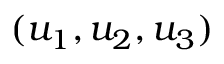
( u _ { 1 } , u _ { 2 } , u _ { 3 } )